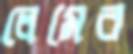
লেমের